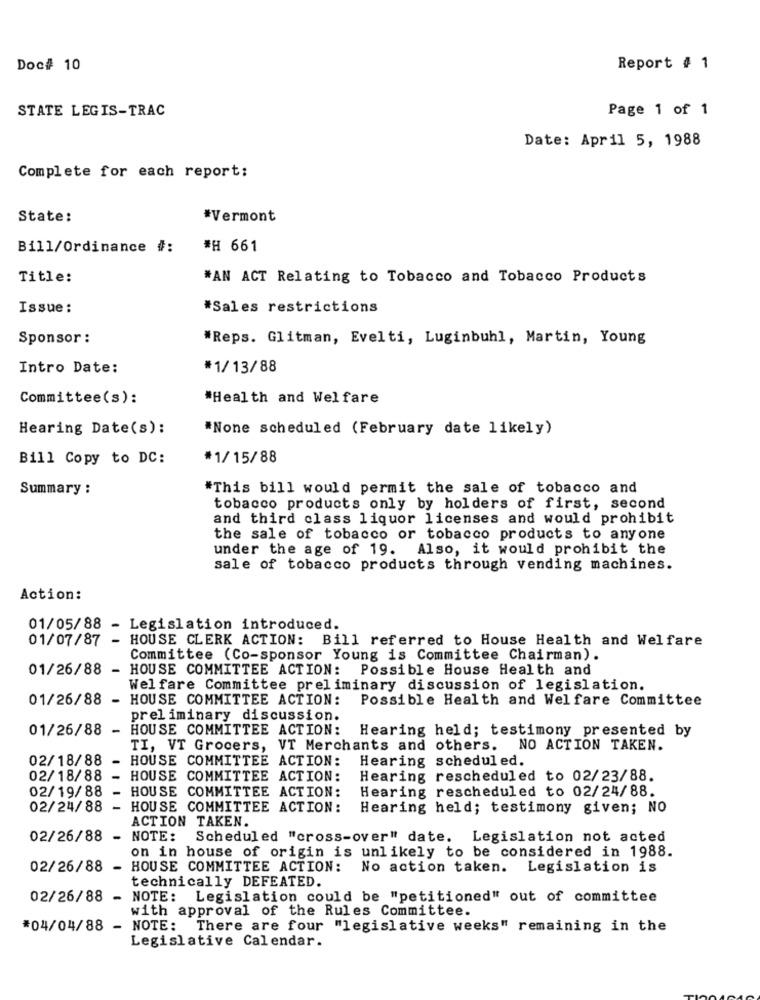
Doc# 10
Report # 1
STATE LEGIS-TRAC
Page 1 of 1
Date: April 5, 1988
Complete for each report:
State:
*Vermont
Bill/Ordinance #:
#H 661
Title:
*AN ACT Relating to Tobacco and Tobacco Products
Issue:
*Sales restrictions
Sponsor :
*Reps. Glitman, Evelti, Luginbuhl, Martin, Young
Intro Date:
*1/13/88
Committee(s):
"Health and Welfare
Hearing Date(s):
*None scheduled (February date likely)
Bill Copy to DC:
*1/15/88
Summary :
"This bill would permit the sale of tobacco and
tobacco products only by holders of first, second
and third class liquor licenses and would prohibit
the sale of tobacco or tobacco products to anyone
under the age of 19. Also, it would prohibit the
sale of tobacco products through vending machines.
Action:
01/05/88 - Legislation introduced.
01/07/87
- HOUSE CLERK ACTION: Bill referred to House Health and Welfare
Committee (Co-sponsor Young is Committee Chairman).
01/26/88 - HOUSE COMMITTEE ACTION: Possible House Health and
Welfare Committee preliminary discussion of legislation.
01/26/88 -
HOUSE COMMITTEE ACTION:
Possible Health and Welfare Committee
preliminary discussion.
01/26/88
- HOUSE COMMITTEE ACTION: Hearing held; testimony presented by
TI, VT Grocers, VT Merchants and others.
NO ACTION TAKEN.
02/18/88
HOUSE COMMITTEE ACTION:
Hearing scheduled.
02/18/88
HOUSE COMMITTEE ACTION:
Hearing rescheduled to 02/23/88.
02/19/88
- HOUSE COMMITTEE ACTION:
Hearing rescheduled to 02/24/88.
02/24/88
- HOUSE COMMITTEE ACTION:
Hearing held; testimony given; NO
ACTION TAKEN.
02/26/88
- NOTE:
Scheduled "cross-over" date. Legislation not acted
on in house of origin is unlikely to be considered in 1988.
02/26/88 -
HOUSE COMMITTEE ACTION: No action taken. Legislation is
technically DEFEATED.
02/26/88
- NOTE: Legislation could be "petitioned" out of committee
with approval of the Rules Committee.
#04/04/88 - NOTE: There are four "legislative weeks" remaining in the
Legislative Calendar.